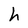
Character: h